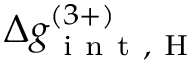
\Delta g _ { \mathrm { ~ i ~ n ~ t ~ , ~ H ~ } } ^ { ( 3 + ) }